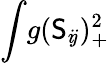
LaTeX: \int\! g(\mathsf{S}_{i\! j})_{+}^{2}